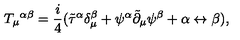
T _ { \mu } { } ^ { \alpha \beta } = \frac { i } { 4 } ( { { \tilde { \tau } } ^ { \alpha } } \delta _ { \mu } ^ { \beta } + \psi ^ { \alpha } { \tilde { \partial } } _ { \mu } \psi ^ { \beta } + \alpha \leftrightarrow \beta ) ,